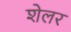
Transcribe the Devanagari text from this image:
शेलर